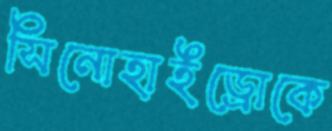
সিনোহাইড্রোকে